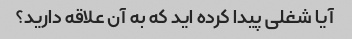
آیا شغلی پیدا کرده اید که به آن علاقه دارید؟